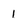
Character: 1